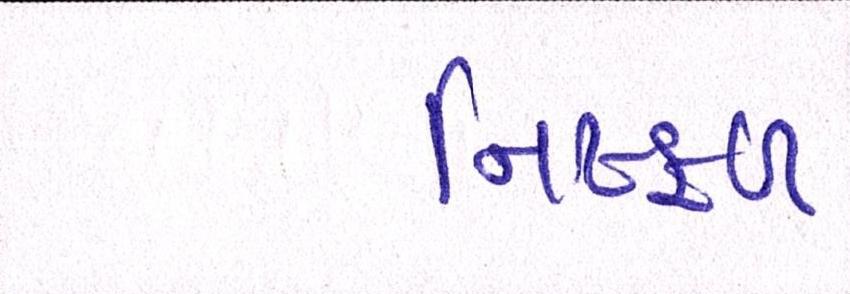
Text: નિષ્ફળ